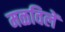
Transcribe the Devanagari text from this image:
मळविलें